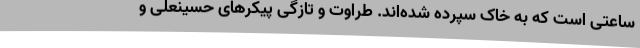
ساعتی است که به خاک سپرده شده‌اند. طراوت و تازگی پیکرهای حسینعلی و